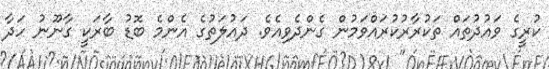
ކުރީގެ ވައުދުތައް ތަކުރާރުކުރައްވަމުން ގެންދެވިއެވެ. ދައުލަތުގެ އެންމެ ބޮޑު ބާރަކީ ގާނޫނު ހަދާ